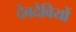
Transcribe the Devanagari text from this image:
देवदेवियों